Source: Handwritten
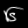
Digit: ၆ (6)